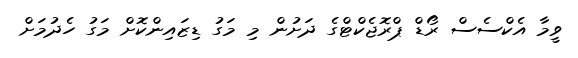
ވީމާ އެކްސެސް ރޯޑް ޕްރޮޖެކްޓްގެ ދަށުން މި މަގު ޑިޒައިންކޮށް މަގު ހެދުމަށް